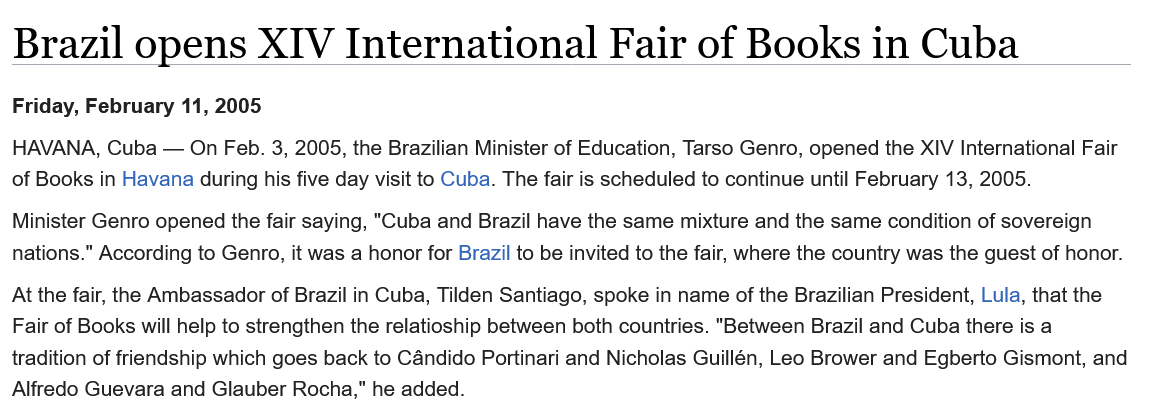
Brazil    opens    XIV    International    Fair    of   Books    in  Cuba
  HAVANA, Cuba
     —
     On Feb. 3, 2005, the Brazilian Minister of Education, Tarso Genro, opened the XIV International Fair
  of Books in Havana during his five day visit to Cuba. The fair is scheduled to continue until February 13, 2005.
  At the fair, the Ambassador of Brazil in Cuba, Tilden Santiago, spoke in name of the Brazilian President, Lula, that the
  Fair of Books will help to strengthen the relatioship between both countries. "Between Brazil and Cuba there is a
  tradition of friendship which goes back to Candido Portinari and Nicholas Guillén, Leo Brower and Egberto Gismont, and
  Alfredo Guevara and Glauber Rocha,” he added.
  Minister Genro opened the fair saying, "Cuba and Brazil have the same mixture and the same condition of sovereign
  nations." According to Genro, it was a honor for Brazil to be invited to the fair, where the country was the guest of honor.
  Friday, February 11, 2005